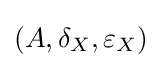
(A,\delta _{X},\varepsilon _{X})